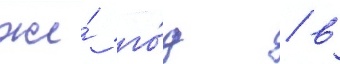
же́ го́д / в